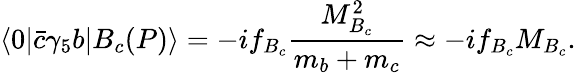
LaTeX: \langle 0|{\bar{c}}\gamma_{5}b|B_{c}(P)\rangle=-if_{B_{c}}\frac{M_{B_{c}}^{2}}{m_{b}+m_{c}}\approx-if_{B_{c}}M_{B_{c}}.